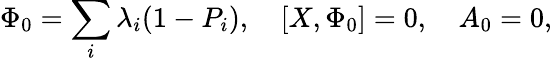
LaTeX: \Phi_{0}=\sum_{i}\lambda_{i}(1-P_{i}),\quad[X,\Phi_{0}]=0,\quad A_{0}=0,